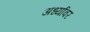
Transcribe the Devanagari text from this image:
अर्ध्यावर